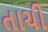
તાચી